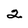
Character: 2